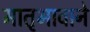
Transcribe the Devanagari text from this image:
मातृभावाने